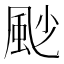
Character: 𩖥